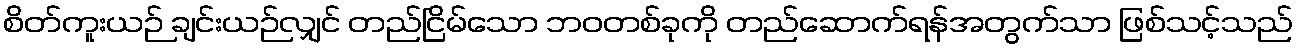
စိတ်ကူးယဉ် ချင်းယဉ်လျှင် တည်ငြိမ်သော ဘဝတစ်ခုကို တည်ဆောက်ရန်အတွက်သာ ဖြစ်သင့်သည်